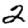
Digit: 2